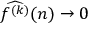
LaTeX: { \widehat { f ^ { ( k ) } } } ( n ) \to 0